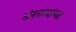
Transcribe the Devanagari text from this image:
सोमसंस्थांच्या